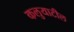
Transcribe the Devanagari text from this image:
कलुयाटील